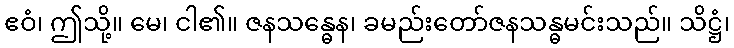
ဧဝံ၊ ဤသို့။ မေ၊ ငါ၏။ ဇနသန္ဓေန၊ ခမည်းတော်ဇနသန္ဓမင်းသည်။ သိဋ္ဌံ၊